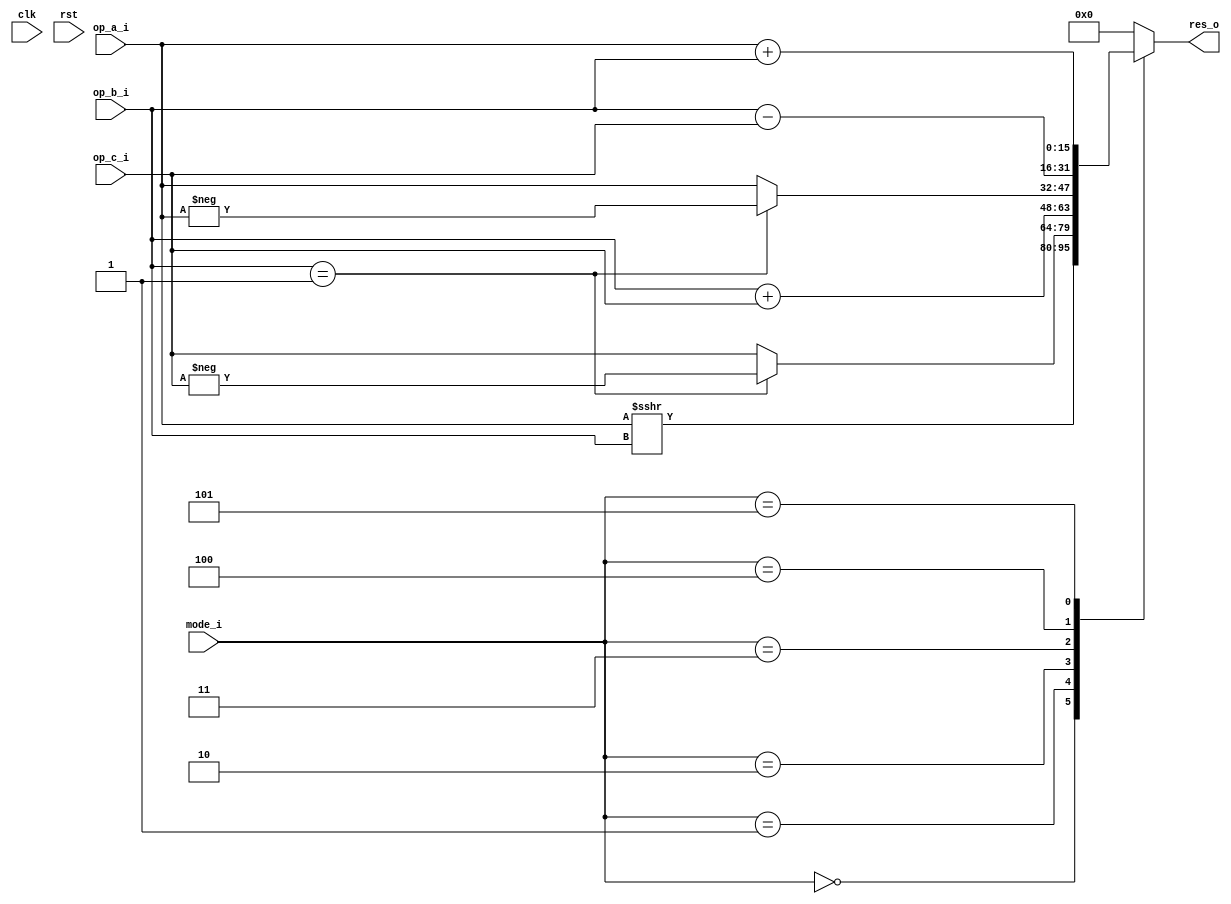
module cordic_alu(
	clk,
	rst,
	op_a_i,
	op_b_i,
	op_c_i,
	mode_i,
	
	res_o
);

localparam SHIFT_A_WITH_B 		= 3'd0;
localparam SIGN_MULT_C_WITH_B 	= 3'd1;
localparam ADD_B_WITH_C 		= 3'd2;
localparam SIGN_MULT_A_WITH_B	= 3'd3;
localparam SUB_B_WITH_C 	 	= 3'd4;
localparam ADD_A_WITH_B 		= 3'd5;
localparam ALU_IDLE 			= 3'd7;

input clk, rst;
input signed [15:0] op_a_i, op_b_i, op_c_i;
input [2:0] mode_i;

output reg [15:0] res_o;

always @ (*) begin
	
	case(mode_i)
		SHIFT_A_WITH_B: begin
			res_o = op_a_i >>> op_b_i;
		end
		
		SIGN_MULT_C_WITH_B: begin
			res_o = (op_b_i == 1'b1) ? -op_c_i : op_c_i;
		end
		
		ADD_B_WITH_C: begin
			res_o = op_b_i + op_c_i;
		end
		
		SIGN_MULT_A_WITH_B: begin
			res_o = (op_b_i == 1'b1) ? -op_a_i : op_a_i;
		end
	
		SUB_B_WITH_C: begin
			res_o = op_b_i - op_c_i;
		end
		
		ADD_A_WITH_B: begin
			res_o = op_a_i + op_b_i;
		end
	
		default: res_o = 'd0;
	endcase

end	
	
endmodule